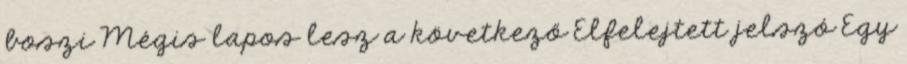
boszi Mégis lapos lesz a következő Elfelejtett jelszó Egy